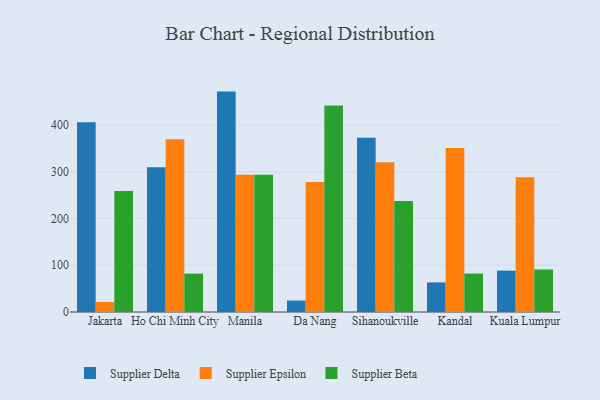
{"axis": {"x": "City", "y": "Demand Index"}, "legend": ["Supplier Beta", "Supplier Delta", "Supplier Epsilon"], "data": [{"x": "Jakarta", "y": 406.1, "type": "Supplier Delta"}, {"x": "Jakarta", "y": 21.4, "type": "Supplier Epsilon"}, {"x": "Jakarta", "y": 258.6, "type": "Supplier Beta"}, {"x": "Ho Chi Minh City", "y": 309.8, "type": "Supplier Delta"}, {"x": "Ho Chi Minh City", "y": 369.3, "type": "Supplier Epsilon"}, {"x": "Ho Chi Minh City", "y": 82.1, "type": "Supplier Beta"}, {"x": "Manila", "y": 471.4, "type": "Supplier Delta"}, {"x": "Manila", "y": 293.8, "type": "Supplier Epsilon"}, {"x": "Manila", "y": 293.4, "type": "Supplier Beta"}, {"x": "Da Nang", "y": 24.5, "type": "Supplier Delta"}, {"x": "Da Nang", "y": 277.9, "type": "Supplier Epsilon"}, {"x": "Da Nang", "y": 441.5, "type": "Supplier Beta"}, {"x": "Sihanoukville", "y": 372.8, "type": "Supplier Delta"}, {"x": "Sihanoukville", "y": 320.1, "type": "Supplier Epsilon"}, {"x": "Sihanoukville", "y": 237.3, "type": "Supplier Beta"}, {"x": "Kandal", "y": 63.3, "type": "Supplier Delta"}, {"x": "Kandal", "y": 350.7, "type": "Supplier Epsilon"}, {"x": "Kandal", "y": 82.2, "type": "Supplier Beta"}, {"x": "Kuala Lumpur", "y": 88.5, "type": "Supplier Delta"}, {"x": "Kuala Lumpur", "y": 288.3, "type": "Supplier Epsilon"}, {"x": "Kuala Lumpur", "y": 90.9, "type": "Supplier Beta"}]}